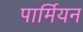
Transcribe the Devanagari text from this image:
पार्मियन